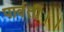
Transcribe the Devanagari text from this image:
पार्वती।।